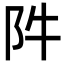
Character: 𨸡